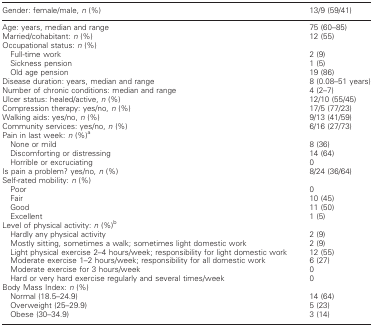
<table><thead><tr><td><b>Gender: female/male, <i>n</i> (%)</b></td><td><b>13/9 (59/41)</b></td></tr></thead><tbody><tr><td>Age: years, median and range</td><td>75 (60–85)</td></tr><tr><td>Married/cohabitant: <i>n</i> (%)</td><td>12 (55)</td></tr><tr><td>Occupational status: <i>n</i> (%)</td><td></td></tr><tr><td> Full-time work</td><td>2 (9)</td></tr><tr><td> Sickness pension</td><td>1 (5)</td></tr><tr><td> Old age pension</td><td>19 (86)</td></tr><tr><td>Disease duration: years, median and range</td><td>8 (0.08–51 years)</td></tr><tr><td>Number of chronic conditions: median and range</td><td>4 (2–7)</td></tr><tr><td>Ulcer status: healed/active, <i>n</i> (%)</td><td>12/10 (55/45)</td></tr><tr><td>Compression therapy: yes/no, <i>n</i> (%)</td><td>17/5 (77/23)</td></tr><tr><td>Walking aids: yes/no, <i>n</i> (%)</td><td>9/13 (41/59)</td></tr><tr><td>Community services: yes/no, <i>n</i> (%)</td><td>6/16 (27/73)</td></tr><tr><td>Pain in last week: <i>n</i> (%)<sup>a</sup></td><td></td></tr><tr><td> None or mild</td><td>8 (36)</td></tr><tr><td> Discomforting or distressing</td><td>14 (64)</td></tr><tr><td> Horrible or excruciating</td><td>0</td></tr><tr><td>Is pain a problem? yes/no, <i>n</i> (%)</td><td>8/24 (36/64)</td></tr><tr><td>Self-rated mobility: <i>n</i> (%)</td><td></td></tr><tr><td> Poor</td><td>0</td></tr><tr><td> Fair</td><td>10 (45)</td></tr><tr><td> Good</td><td>11 (50)</td></tr><tr><td> Excellent</td><td>1 (5)</td></tr><tr><td>Level of physical activity: <i>n</i> (%)<sup>b</sup></td><td></td></tr><tr><td> Hardly any physical activity</td><td>2 (9)</td></tr><tr><td> Mostly sitting, sometimes a walk; sometimes light domestic work</td><td>2 (9)</td></tr><tr><td> Light physical exercise 2–4 hours/week; responsibility for light domestic work</td><td>12 (55)</td></tr><tr><td> Moderate exercise 1–2 hours/week; responsibility for all domestic work</td><td>6 (27)</td></tr><tr><td> Moderate exercise for 3 hours/week</td><td>0</td></tr><tr><td> Hard or very hard exercise regularly and several times/week</td><td>0</td></tr><tr><td>Body Mass Index: <i>n</i> (%)</td><td></td></tr><tr><td> Normal (18.5–24.9)</td><td>14 (64)</td></tr><tr><td> Overweight (25–29.9)</td><td>5 (23)</td></tr><tr><td> Obese (30–34.9)</td><td>3 (14)</td></tr></tbody></table>